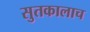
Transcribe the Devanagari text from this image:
सुतकालाच